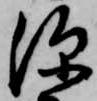
深